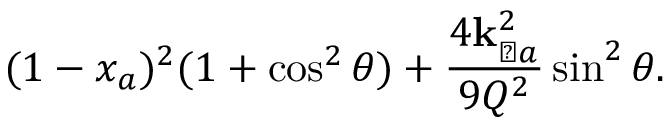
( 1 - x _ { a } ) ^ { 2 } ( 1 + \cos ^ { 2 } \theta ) + \frac { 4 { \bf k } _ { \perp a } ^ { 2 } } { 9 Q ^ { 2 } } \sin ^ { 2 } \theta .